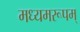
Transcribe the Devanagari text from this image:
मध्यमरूपम्